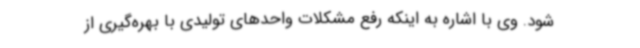
شود. وی با اشاره به اینکه رفع مشکلات واحدهای تولیدی با بهره‌گیری از